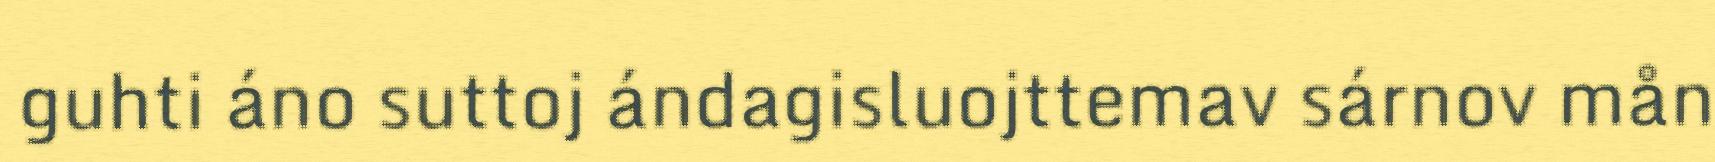
guhti áno suttoj ándagisluojttemav sárnov mån